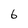
Character: 6